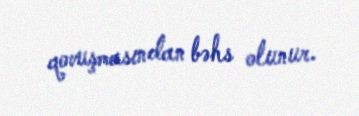
qovuşmasından bəhs olunur.